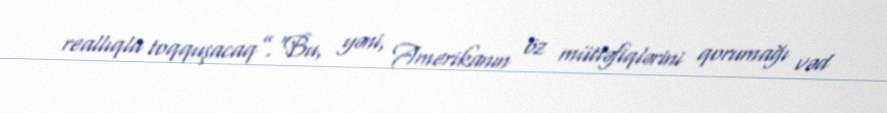
reallıqla toqquşacaq”.“Bu, yəni, Amerikanın öz müttəfiqlərini qorumağı vəd